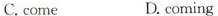
C.come D.coming